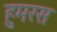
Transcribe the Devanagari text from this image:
हुमरस